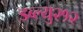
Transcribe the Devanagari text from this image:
डब्ल्यु२१२